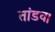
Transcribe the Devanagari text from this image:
तांडव।